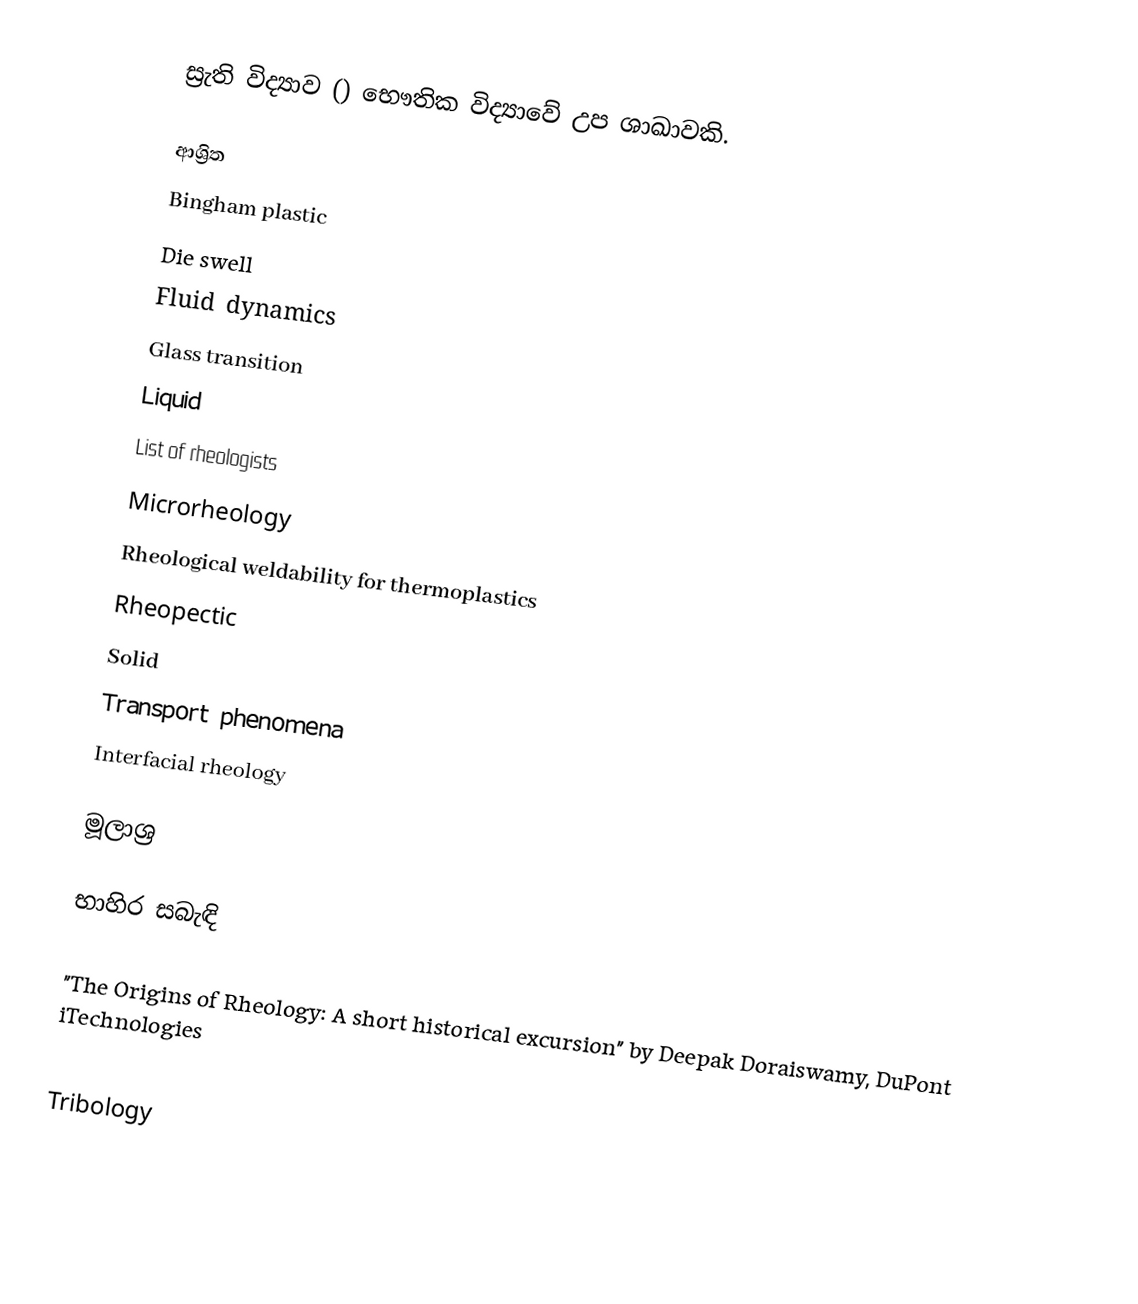
ස්‍රැති විද්‍යාව () භෞතික විද්‍යාවේ උප ශාඛාවකි.

ආශ්‍රිත
 Bingham plastic
 Die swell
 Fluid dynamics
 Glass transition
 Liquid
 List of rheologists
 Microrheology
 Rheological weldability for thermoplastics
 Rheopectic
 Solid
 Transport phenomena
Interfacial rheology

මූලාශ්‍ර

භාහිර සබැඳි

 "The Origins of Rheology: A short historical excursion"  by Deepak Doraiswamy, DuPont iTechnologies

Tribology